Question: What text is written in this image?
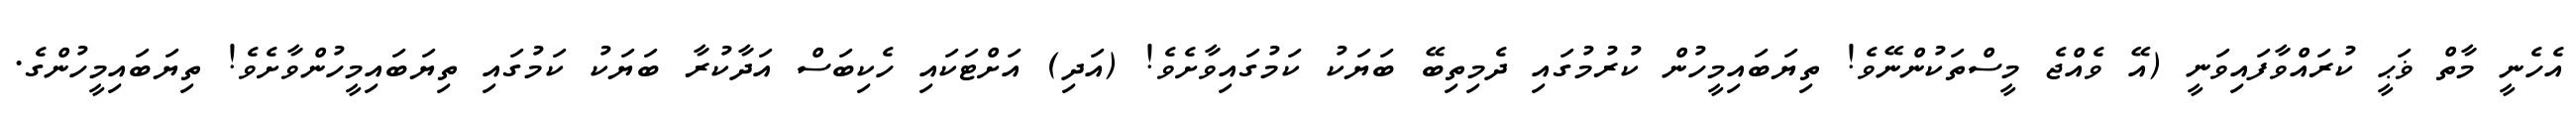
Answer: އެހެނީ މާތް ޥަޙީ ކުރައްވާފައިވަނީ (އޭ ވެއްޖެ މީސްތަކުންނޭވެ! ތިޔަބައިމީހުން ކުރުމުގައި ދެމިތިބޭ ބަޔަކު ކަމުގައިވާށެވެ! (އަދި) އަށްޓަކައި ހެކިބަސް އަދާކުރާ ބަޔަކު ކަމުގައި ތިޔަބައިމީހުންވާށެވެ! ތިޔަބައިމީހުންގެ.